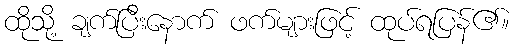
ထိုသို့ ချက်ပြီးနောက် ဖက်များဖြင့် ထုပ်ရပြန်၏။